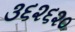
૩૬૨૬૨૦